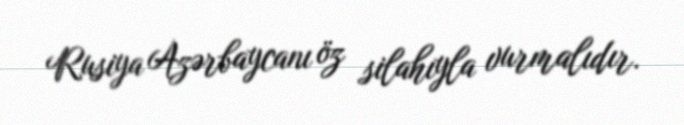
Rusiya Azərbaycanı öz silahıyla vurmalıdır.